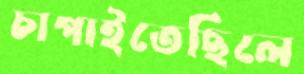
চাপাইতেছিলে